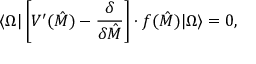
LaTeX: \langle \Omega | \left[ V ^ { \prime } ( \hat { M } ) - { \frac { \delta } { \delta \hat { M } } } \right] \cdot f ( \hat { M } ) | \Omega \rangle = 0 ,